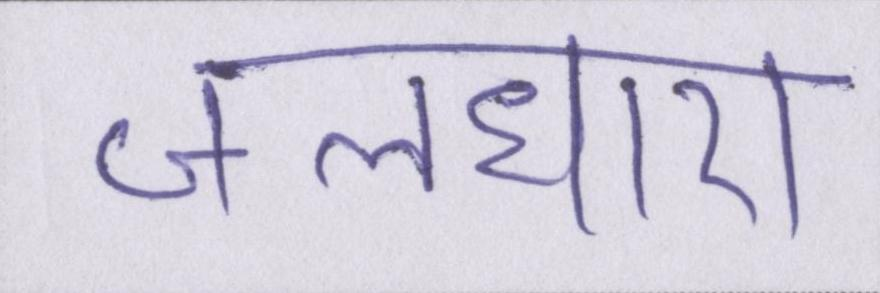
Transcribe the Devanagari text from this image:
जलधारा